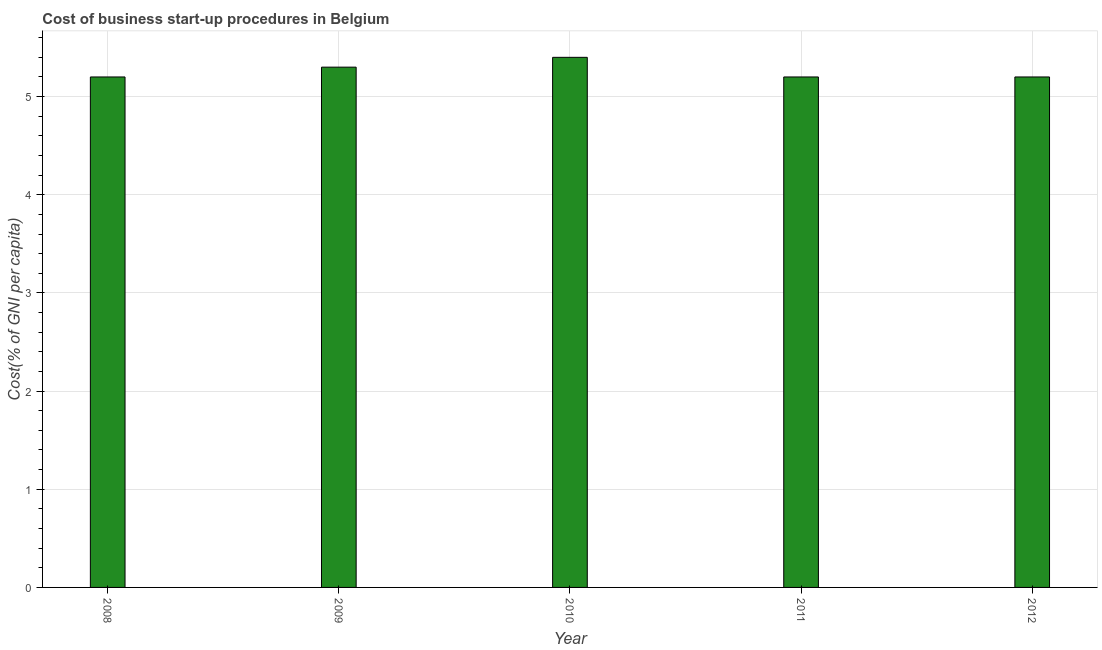
| Year | Cost |
 | --- | --- |
 | 2008 | 5.2 |
 | 2009 | 5.3 |
 | 2010 | 5.4 |
 | 2011 | 5.2 |
 | 2012 | 5.2 |